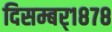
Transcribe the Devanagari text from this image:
दिसम्बर्१८७८